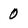
Character: 0